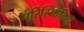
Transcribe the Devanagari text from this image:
परिस्थिातियों